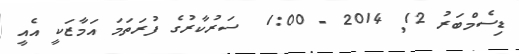
ޑިސެމްބަރު 12